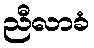
ညီလာခံ